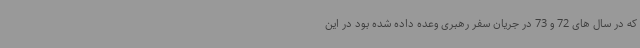
که در سال های 72 و 73 در جریان سفر رهبری وعده داده شده بود در این